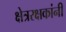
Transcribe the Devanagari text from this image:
क्षेत्ररक्षकांनी